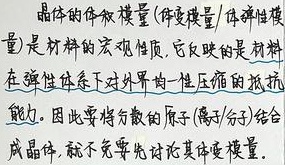
晶体的体积模量(体变模量/体弹性模量)是材料的宏观性质, 它反映的是材料
在弹性体系下对外界的一性压缩的抵抗
能力. 因此要将分散的原子(离子/分子)结合
成晶体, 就不免要先讨论其体变模量.